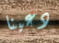
دعينا